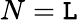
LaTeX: N=\mathtt{L}